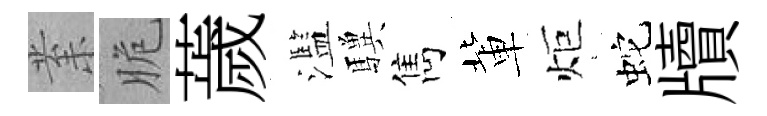
𭪙脆薉濫驥雋軰炬蛇牘